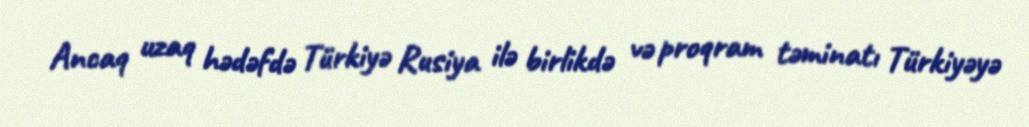
Ancaq uzaq hədəfdə Türkiyə Rusiya ilə birlikdə və proqram təminatı Türkiyəyə